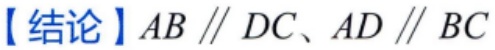
【结论】$AB \parallel DC、AD \parallel BC$